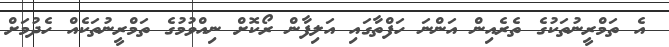
އެ ތަމްރީނުތަކުގެ ތެރެއިން އަންނަ ހަފްތާގައި އަލިފާން ރޯކޮށް ނިއްވުމުގެ ތަމްރީނުތަކެއް ހެދުމަށް